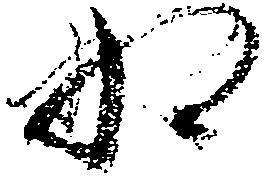
為